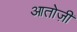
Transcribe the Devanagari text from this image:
आतोज़ी